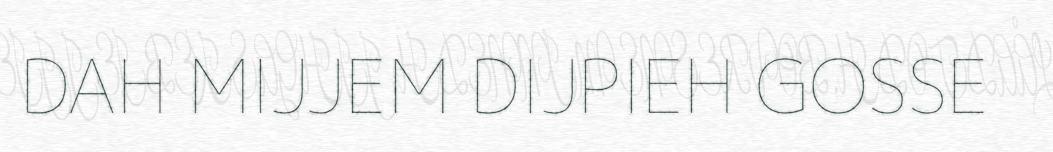
DAH MIJJEM DIJPIEH GOSSE